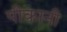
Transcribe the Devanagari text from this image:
पीकानी